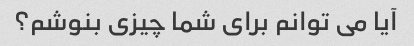
آیا می توانم برای شما چیزی بنوشم؟